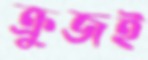
ক্রুজই